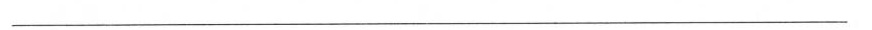
___